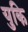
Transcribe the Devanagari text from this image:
युकि